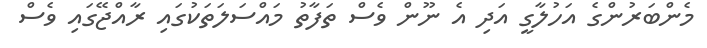
މެންބަރުންގެ އަހުލާގީ އަދި އެ ނޫން ވެސް ތަފާތު މައްސަލަތަކުގައި ރާއްޖޭގައި ވެސް